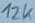
Text: 12K